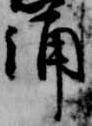
誦